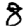
Digit: 8